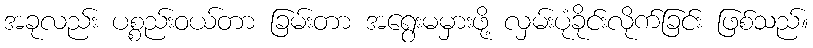
အခုလည်း ပစ္စည်းဝယ်တာ ခြမ်းတာ အရွေးမမှားဖို့ လှမ်းပုံခိုင်းလိုက်ခြင်း ဖြစ်သည်။